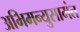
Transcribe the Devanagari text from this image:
अभिमन्युसामंत